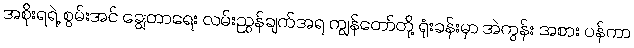
အစိုးရရဲ့ စွမ်းအင် ချွေတာရေး လမ်းညွှန်ချက်အရ ကျွန်တော်တို့ ရုံးခန်းမှာ အဲကွန်း အစား ပန်ကာ